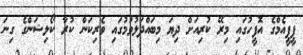
ޕީޕީއެމްގެ އޮފީހުގައި މިރޭ ކުރިއަށް ދިޔަ މިބައްދަލުވުމުގައި ވެރިކަން ކުރާ ކޯލިޝަންގެ ގިނަ